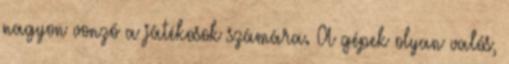
nagyon vonzó a játékosok számára. A gépek olyan valós,